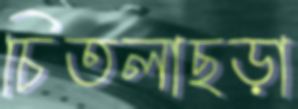
চিতলাছড়া